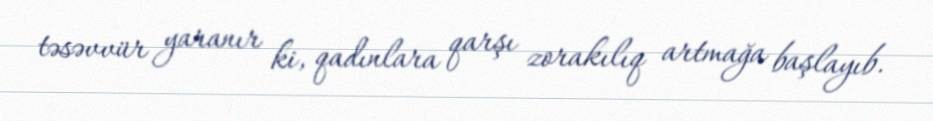
təsəvvür yaranır ki, qadınlara qarşı zorakılıq artmağa başlayıb.